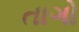
તાગો